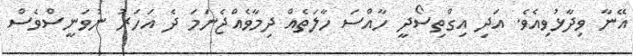
އޭނާ ވިދާޅުވިއެވެ. އަދި އިގްތިސޯދީ ހާއްސަ ހާލަތެއް ދިމާވެއްޖެނަމަ ދެ އަހަރު ނުވަނީސްވެސް